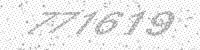
Solution: 771619